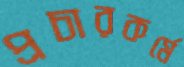
প্রচারকর্মে